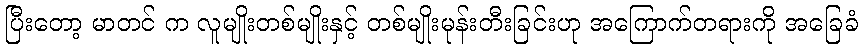
ပြီးတော့ မာတင် က လူမျိုးတစ်မျိုးနှင့် တစ်မျိုးမုန်းတီးခြင်းဟု အကြောက်တရားကို အခြေခံ